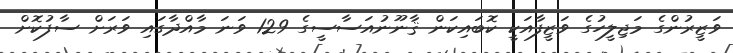
ވަޒީރުންގެ މަޖިލީހުގެ ވަޒީފާއަކީ ކޮބައިކަން ޤާނޫނުއަސާސީގެ 129 ވަނަ މާއްދާގައި ވަރަށް ސާފުކޮށް